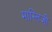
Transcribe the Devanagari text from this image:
मास्तिजी